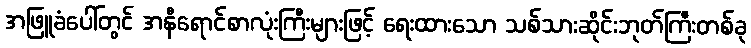
အဖြူခံပေါ်တွင် အနီရောင်စာလုံးကြီးများဖြင့် ရေးထားသော သစ်သားဆိုင်းဘုတ်ကြီးတစ်ခု